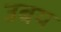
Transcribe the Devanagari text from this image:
उबय